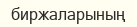
биржаларының